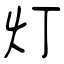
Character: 灯